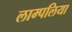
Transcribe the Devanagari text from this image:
लाम्पलिया